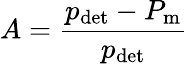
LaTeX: A=\frac{p_{\mathrm{det}}-P_{\mathrm{m}}}{p_{\mathrm{det}}}